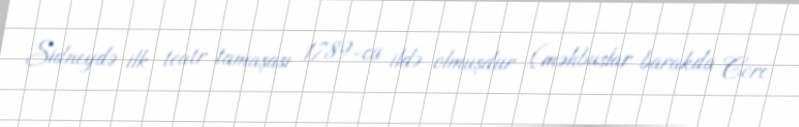
Sidneydə ilk teatr tamaşası 1789-cu ildə olmuşdur (məhbuslar barakda Corc